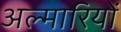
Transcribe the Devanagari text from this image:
अल्मारियों